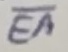
Text: EA